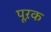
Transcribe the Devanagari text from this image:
पूऱक